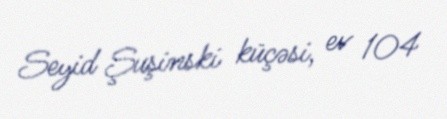
Seyid Şuşinski küçəsi, ev 104